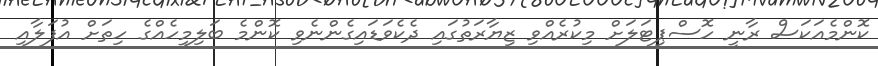
ކޮންމެއަކަސް ރާނީ ހޮސްޕިޓަލަށް މިކުރެއްވި ޒިޔާރަތުގައި ދެކެވަޑައިގެންނެވި ކޮންމެ ބަލިމީހެއްގެ ހިތަށް އުފަލާއި